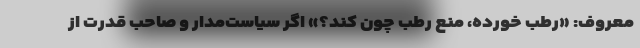
معروف: «رطب خورده، منع رطب چون کند؟» اگر سیاست‌مدار و صاحب قدرت از